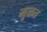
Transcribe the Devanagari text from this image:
मूळत